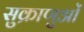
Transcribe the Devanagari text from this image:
सुक्राणुओं